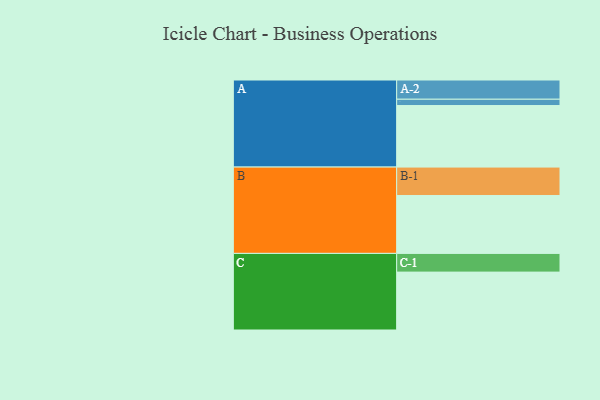
{"axis": {"x": "Segment", "y": "Value"}, "legend": ["", "A", "B", "C"], "data": [{"x": "A", "y": 576, "type": ""}, {"x": "B", "y": 542, "type": ""}, {"x": "C", "y": 542, "type": ""}, {"x": "A-1", "y": 59, "type": "A"}, {"x": "A-2", "y": 180, "type": "A"}, {"x": "B-1", "y": 266, "type": "B"}, {"x": "C-1", "y": 175, "type": "C"}]}